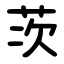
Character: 茨